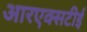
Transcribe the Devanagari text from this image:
आरएक्सटीई